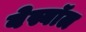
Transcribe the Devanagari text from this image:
बेस्बॉल